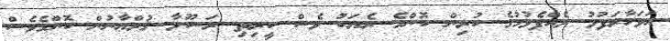
އަވަހާރަފުޅު ލެއްޕެވުމުގެ ކުރިން ކޮންމެ ރެޔަކު ވެސް ކީރިތި ރަސޫލާ ޤުރްޢާނުން ކޮންމެވެސް